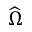
\widehat \Omega